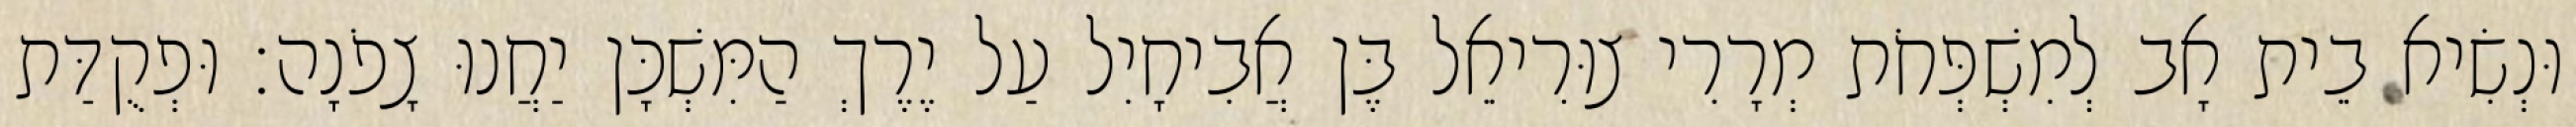
וּנְשִׂיא בֵית אָב לְמִשְׁפְּחֹת מְרָרִי צוּרִיאֵל בֶּן אֲבִיחָיִל עַל יֶרֶךְ הַמִּשְׁכָּן יַחֲנוּ צָפֹנָה׃ וּפְקֻדַּת